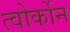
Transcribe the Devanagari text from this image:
त्वोर्कोन